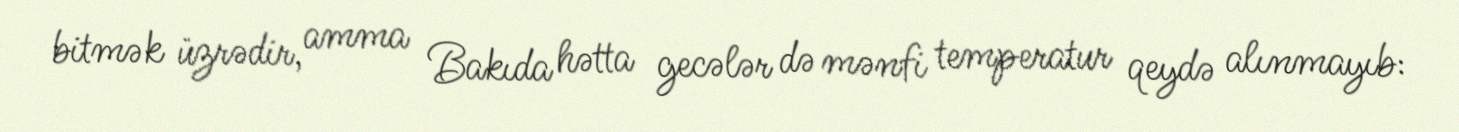
bitmək üzrədir, amma Bakıda hətta gecələr də mənfi temperatur qeydə alınmayıb: